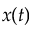
x ( t )